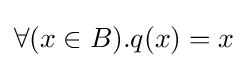
\forall (x\in B).q(x)=x